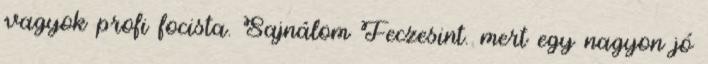
vagyok profi focista. Sajnálom Feczesint. mert egy nagyon jó